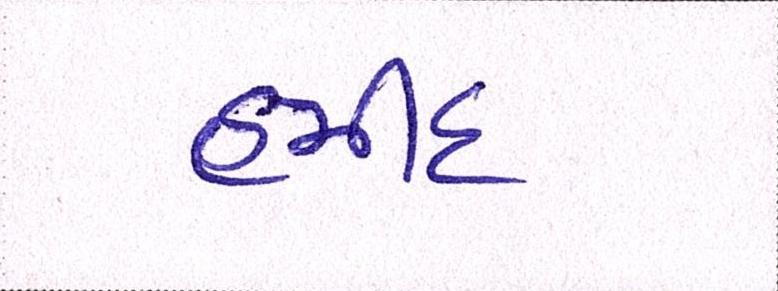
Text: હમીદ